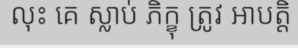
លុះ គេ ស្លាប់ ភិក្ខុ ត្រូវ អាបត្តិ